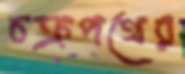
চক্রপথের